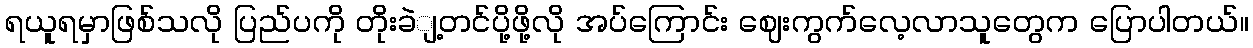
ရယူရမှာဖြစ်သလို ပြည်ပကို တိုးခဲျ့တင်ပို့ဖို့လို အပ်ကြောင်း ဈေးကွက်လေ့လာသူတွေက ပြောပါတယ်။